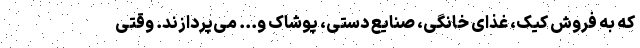
که به فروش کیک، غذای خانگی، صنایع دستی، پوشاک و... می‌پردازند. وقتی